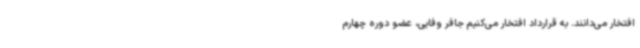
افتخار می‌دانند. به قرارداد افتخار می‌کنیم جافر وفایی، عضو دوره چهارم